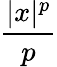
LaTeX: \frac{|x|^{p}}{p}